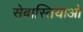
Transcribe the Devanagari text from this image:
सेबास्तियाओ